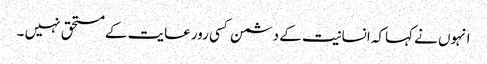
انہوں نے کہاکہ انسانیت کے دشمن کسی رورعایت کے مستحق نہیں ۔